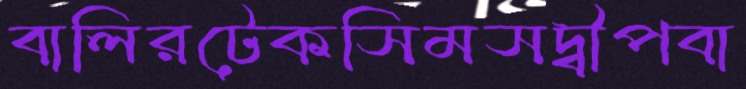
বালিরটেকসিমসদ্বীপবা